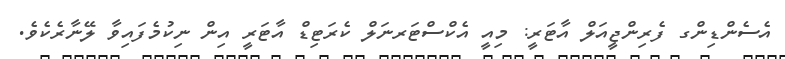
އެސެންޑިންގ ފެރިންޖީއަލް އާޓަރީ: މިއީ އެކްސްޓަރނަލް ކެރަޓިޑް އާޓަރީ އިން ނިކުމެފައިވާ ލޭނާރެކެވެ.